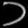
Digit: ၁